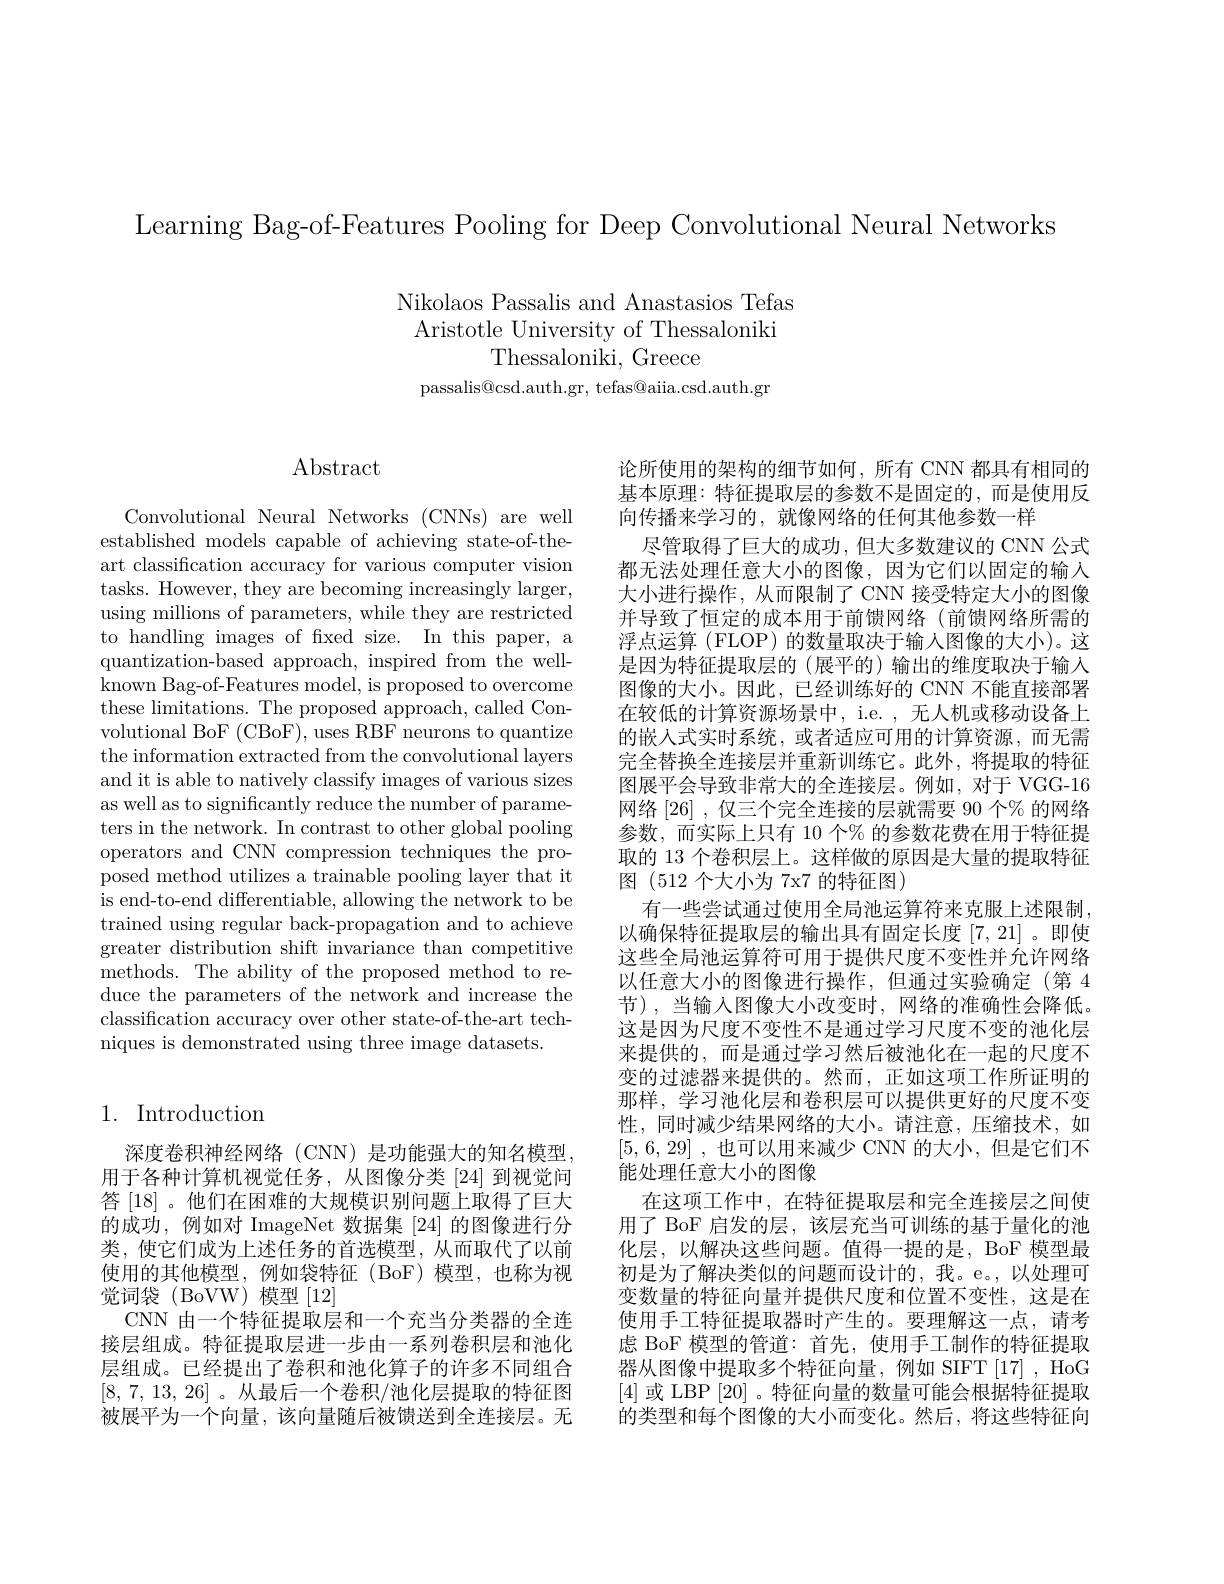
Learning Bag-of-Features Pooling for Deep Convolutional Neural Networks

Nikolaos Passalis and Anastasios Tefas Aristotle University of Thessaloniki
Thessaloniki, Greece
passalis@csd.auth.gr, tefas@aiia.csd.auth.gr

## $\operatorname{Abstract}$

Convolutional Neural Networks (CNNs) are well established models capable of achieving state-of-theart classification accuracy for various computer vision tasks. However, they are becoming increasingly larger, using millions of parameters, while they are restricted to handling images of fxed size. In this paper, a quantization-based approach, inspired from the wellknown Bag-of-Features model, is proposed to overcome these limitations. The proposed approach, called Convolutional BoF (CBoF), uses RBF neurons to quantize the information extracted from the convolutional layers and it is able to natively classify images of various sizes as well as to significantly reduce the number of parameters in the network. In contrast to other global pooling operators and CNN compression techniques the proposed method utilizes a trainable pooling layer that it is end-to-end differentiable, allowing the network to be trained using regular back-propagation and to achieve greater distribution shift invariance than competitive methods. The ability of the proposed method to reduce the parameters of the network and increase the classification accuracy over other state-of-the-art techniques is demonstrated using three image datasets.

# 1. Introduction

深度卷积神经网络(CNN)是功能强大的知名模型， 用于各种计算机视觉任务，从图像分类 [24] 到视觉问答 [18] 。他们在困难的大规模识别问题上取得了巨大的成功，例如对 ImageNet 数据集 [24] 的图像进行分类，使它们成为上述任务的首选模型，从而取代了以前使用的其他模型，例如袋特征(BoF)模型，也称为视觉词袋 (BoVW)模型[12]
CNN 由一个特征提取层和一个充当分类器的全连接层组成。特征提取层进一步由一系列卷积层和池化层组成。已经提出了卷积和池化算子的许多不同组合[8, 7, 13, 26] 。从最后一个卷积/池化层提取的特征图被展平为一个向量，该向量随后被馈送到全连接层。无

论所使用的架构的细节如何，所有 CNN 都具有相同的基本原理：特征提取层的参数不是固定的，而是使用反向传播来学习的，就像网络的任何其他参数一样
尽管取得了巨大的成功，但大多数建议的 CNN 公式都无法处理任意大小的图像，因为它们以固定的输入大小进行操作，从而限制了 CNN 接受特定大小的图像并导致了恒定的成本用于前馈网络(前馈网络所需的浮点运算 (FLOP) 的数量取决于输人图像的大小)。这是因为特征提取层的(展平的) 输出的维度取决于输入图像的大小。因此，已经训练好的 CNN 不能直接部署在较低的计算资源场景中，i.e. , 无人机或移动设备上的嵌入式实时系统，或者适应可用的计算资源，而无需完全替换全连接层并重新训练它。此外，将提取的特征图展平会导致非常大的全连接层。例如，对于 VGG-16网络 [26] , 仅三个完全连接的层就需要 90 个% 的网络参数，而实际上只有 10 个% 的参数花费在用于特征提取的 13 个卷积层上。这样做的原因是大量的提取特征图 (512 个大小为 7x7 的特征图)
有一些尝试通过使用全局池运算符来克服上述限制， 以确保特征提取层的输出具有固定长度[7,21]。即使这些全局池运算符可用于提供尺度不变性并允许网络以任意大小的图像进行操作，但通过实验确定(第4) 节),当输入图像大小改变时，网络的准确性会降低。这是因为尺度不变性不是通过学习尺度不变的池化层来提供的，而是通过学习然后被池化在一起的尺度不变的过滤器来提供的。然而，正如这项工作所证明的那样，学习池化层和卷积层可以提供更好的尺度不变性，同时减少结果网络的大小。请注意，压缩技术，如[5,6,29] , 也可以用来减少 CNN 的大小，但是它们不能处理任意大小的图像
在这项工作中，在特征提取层和完全连接层之间使用了 BoF 启发的层，该层充当可训练的基于量化的池化层，以解决这些问题。值得一提的是，BoF 模型最初是为了解决类似的问题而设计的，我。e。,以处理可变数量的特征向量并提供尺度和位置不变性，这是在使用手工特征提取器时产生的。要理解这一点，请考虑 BoF 模型的管道：首先，使用手工制作的特征提取器从图像中提取多个特征向量，例如 SIFT[17] , HoG [4]或 LBP [20] 。特征向量的数量可能会根据特征提取的类型和每个图像的大小而变化。然后，将这些特征向